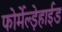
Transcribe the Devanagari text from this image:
फोर्मेल्ड़ेहाईड